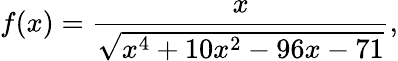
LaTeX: f(x)={\frac{x}{\sqrt{x^{4}+10x^{2}-96x-71}}},